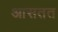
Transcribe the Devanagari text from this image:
आसतत